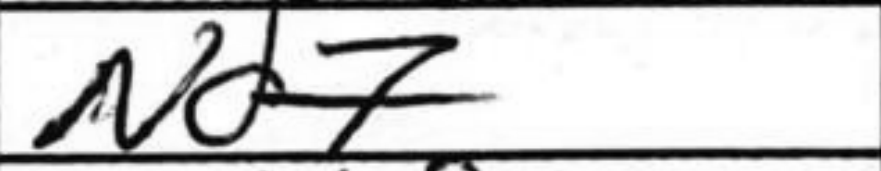
Transcription: Nd7